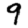
Digit: 9